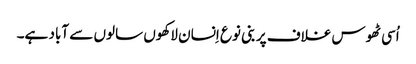
اُسی ٹھوس غلاف پر بنی نوع اِنسان لاکھوں سالوں سے آباد ہے۔